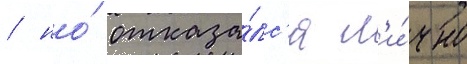
/ но́ отказа́лс'я л'и́чно